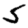
Digit: 5